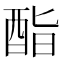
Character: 酯